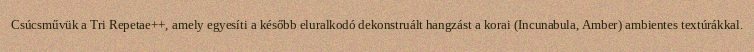
Csúcsművük a Tri Repetae++, amely egyesíti a később eluralkodó dekonstruált hangzást a korai (Incunabula, Amber) ambientes textúrákkal.